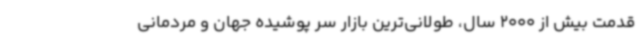
قدمت بیش از 2000 سال، طولانی‌ترین بازار سر پوشیده جهان و مردمانی